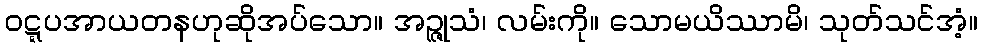
ဝဋ္ဋပအာယတနဟုဆိုအပ်သော။ အဉ္ဇုသံ၊ လမ်းကို။ သောမယိဿာမိ၊ သုတ်သင်အံ့။